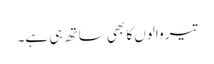
تیر والوں کا بھی ساتھ ہی ہے۔